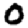
Digit: 0